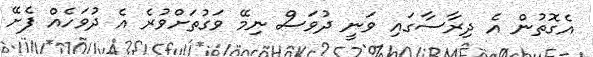
އެގޮތުން އެ ދިރާސާގައި ވަނީ ދުވަސް ނިމޭ ވަގުތަށްވުރެ އެ ދުވަހެއް ފެށޭ